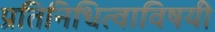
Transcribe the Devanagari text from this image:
प्रतिनिधित्वाविषयी